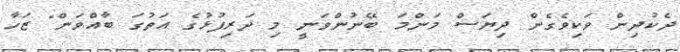
ދެކުދިން ވަކިވެގެން ދިޔަސް މަންމަ ބޭނުންވަނީ މި ދަރިފުޅުގެ އަތުގަ ބާއްވަން" ޒަހާ